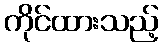
ကိုင်ထားသည့်